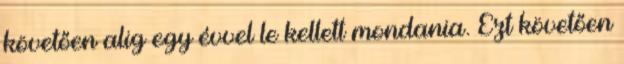
követően alig egy évvel le kellett mondania. Ezt követően